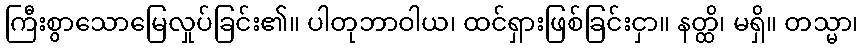
ကြီးစွာသောမြေလှုပ်ခြင်း၏။ ပါတုဘာဝါယ၊ ထင်ရှားဖြစ်ခြင်းငှာ။ နတ္ထိ၊ မရှိ။ တသ္မာ၊